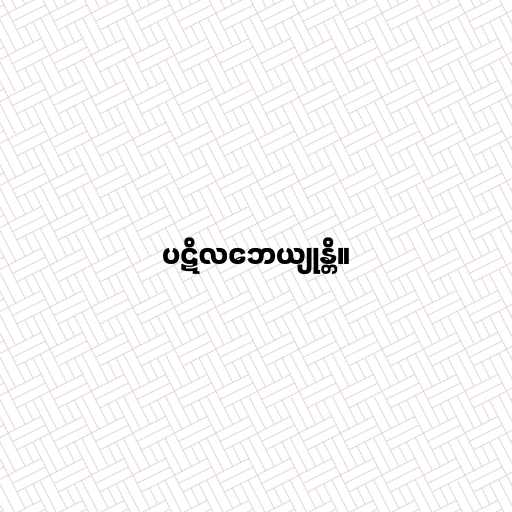
ပဋိလဘေယျုန္တိ။